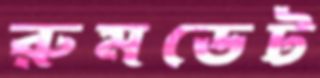
রুমডেট